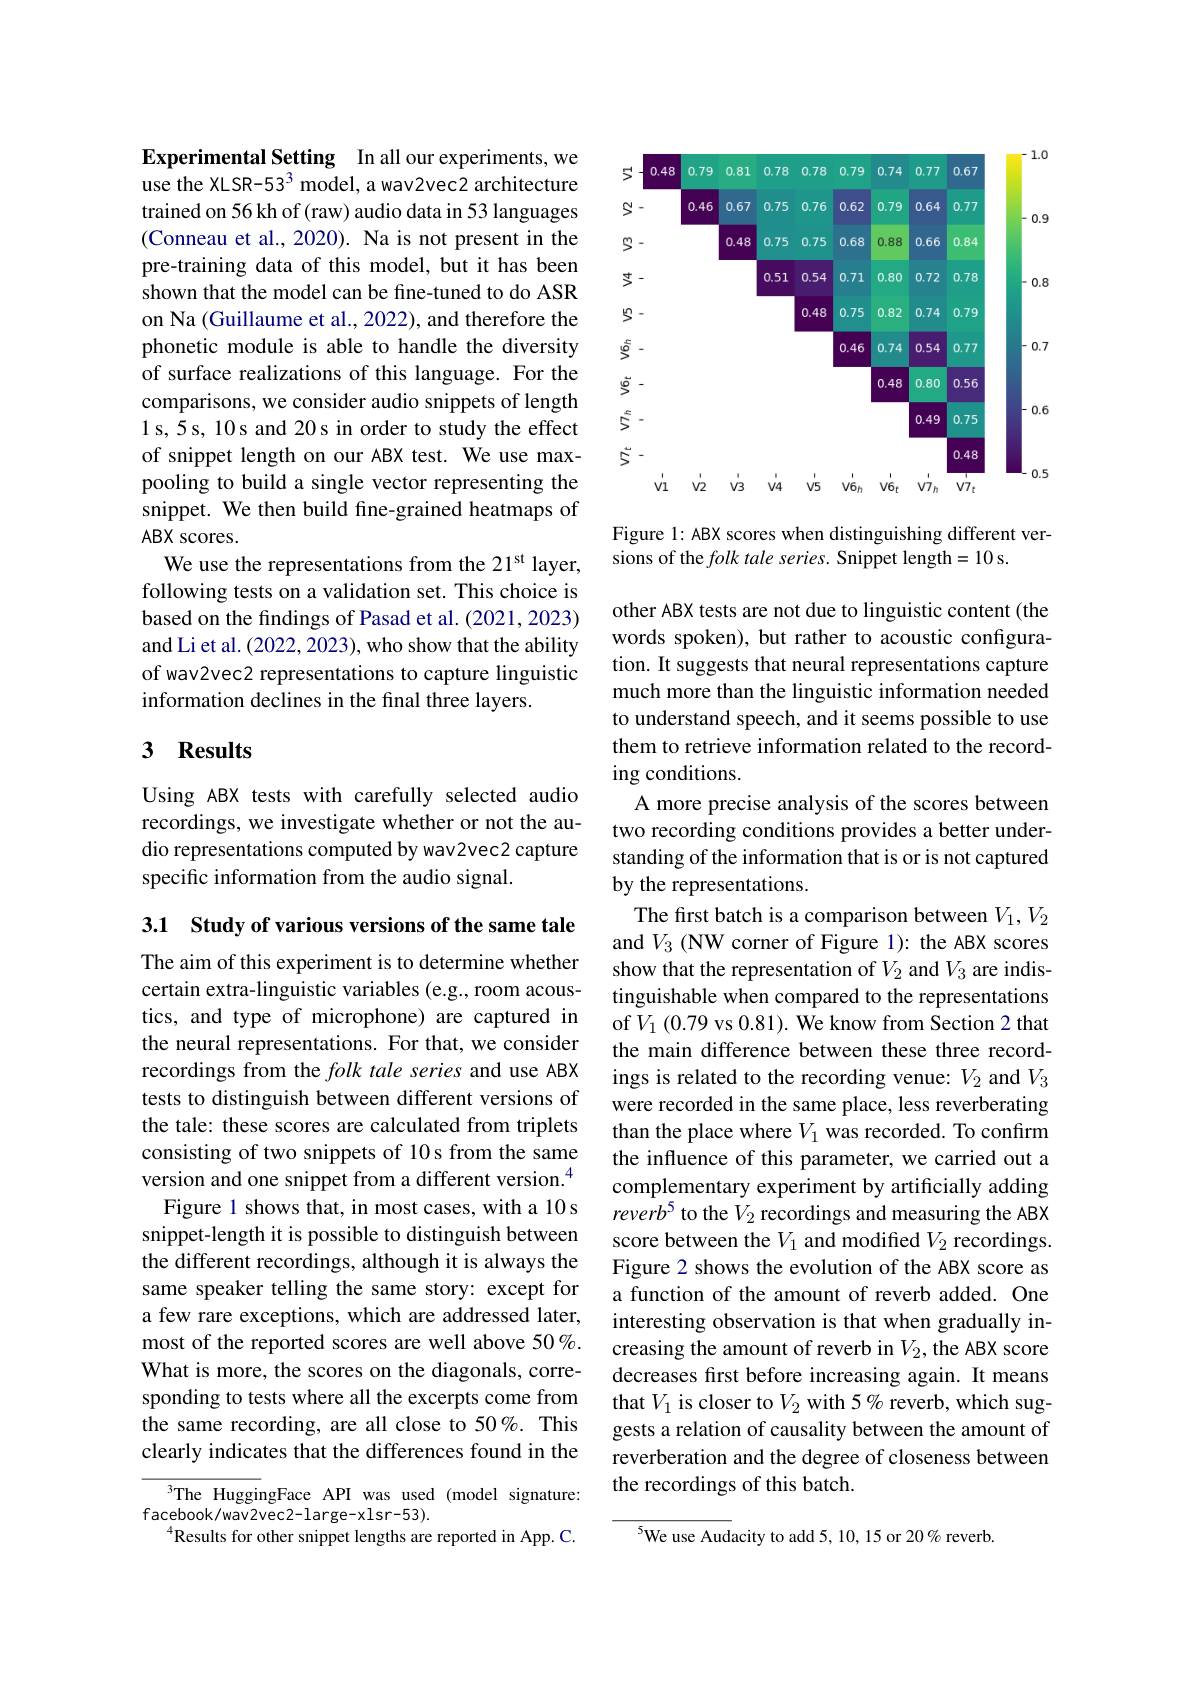
Experimental Setting In all our experiments, we use the XLSR-53$^3$ model, a wav2vec2 architecture trained on 56 kh of (raw) audio data in 53 languages (Conneau et al., 2020). Na is not present in the pre-training data of this model, but it has been shown that the model can be fine-tuned to do ASR on Na (Guillaume et al., 2022), and therefore the phonetic module is able to handle the diversity of surface realizations of this language. For the comparisons, we consider audio snippets of length 1s,5s, 10s and 20s in order to study the effect of snippet length on our ABX test. We use maxpooling to build a single vector representing the snippet. We then build fine-grained heatmaps of ABX scores.
We use the representations from the 21$^\mathrm{st}$ layer, following tests on a validation set. This choice is based on the findings of Pasad et al. (2021, 2023) and Li et al. (2022, 2023), who show that the ability of wav2vec2 representations to capture linguistic information declines in the final three layers.

### 3 Results

Using ABX tests with carefully selected audio recordings, we investigate whether or not the audio representations computed by wav2vec2 capture specific information from the audio signal.

3.1 Study of various versions of the same tale

The aim of this experiment is to determine whether certain extra-linguistic variables (e.g., room acoustics, and type of microphone) are captured in the neural representations. For that, we consider recordings from the folk tale series and use ABX tests to distinguish between different versions of the tale: these scores are calculated from triplets consisting of two snippets of 10s from the same version and one snippet from a different version.$^{4}$
Figure 1 shows that, in most cases, with a 10 s snippet-length it is possible to distinguish between the different recordings, although it is always the same speaker telling the same story: except for a few rare exceptions, which are addressed later, most of the reported scores are well above 50%. What is more, the scores on the diagonals, corresponding to tests where all the excerpts come from the same recording, are all close to 50%. This clearly indicates that the differences found in the

3The HuggingFace API was used (model signature:
facebook/wav2vec2-large-xlsr-53).
$^{4}$Results for other snippet lengths are reported in App. C.

<FigureHere>

Figure 1: ABX scores when distinguishing different ver-
sions of the folk tale series. Snippet length=10 s.

other ABX tests are not due to linguistic content (the words spoken), but rather to acoustic configuration. It suggests that neural representations capture much more than the linguistic information needed to understand speech, and it seems possible to use them to retrieve information related to the recording conditions.
A more precise analysis of the scores between two recording conditions provides a better understanding of the information that is or is not captured by the representations.
The first batch is a comparison between $V_1,V_2$ and $V_3$ (NW corner of Figure 1): the ABX scores show that the representation of $V_{2}$ and $V_{3}$ are indistinguishable when compared to the representations of $V_1$ (0.79 vs 0.81). We know from Section 2 that the main difference between these three recordings is related to the recording venue: $V_2$ and $V_3$ were recorded in the same place, less reverberating than the place where $V_1$ was recorded. To confirm the influence of this parameter, we carried out a complementary experiment by artificially adding $reverb^5 to the V_2 recordings and measuring the ABX$ score between the $V_1$ and modified $V_2$ recordings. Figure 2 shows the evolution of the ABX score as a function of the amount of reverb added. One interesting observation is that when gradually increasing the amount of reverb in $V_2$,the ABX score decreases first before increasing again. It means that $V_1$ is closer to $V_2$ with 5% reverb, which suggests a relation of causality between the amount of reverberation and the degree of closeness between the recordings of this batch.

$^{5}$We use Audacity to add 5, 10, 15 or 20% reverb.